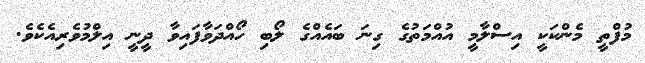
މުފްތީ މެންކަކީ އިސްލާމީ އުއްމަތުގެ ގިނަ ބައެއްގެ ލޯބި ހޯއްދަވާފައިވާ ދީނީ އިލްމުވެރިއެކެވެ.